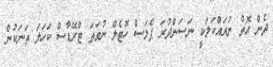
ދެން އޮތް ނުރައްކަލަކީ ނަސަންދުރަ ޕެލަސް ހޮޓެލް ނުވަތަ ޓްރޭޑާސް ކަހަލަ ތަނަކުން